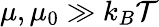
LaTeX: \mu,\mu_{0}\gg k_{B}\mathcal{T}